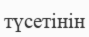
түсетінін